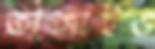
ভাঙ্গাইও